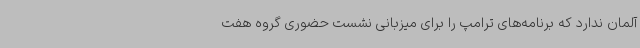
آلمان ندارد که برنامه‌های ترامپ را برای میزبانی نشست حضوری گروه هفت